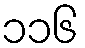
၁၁၆